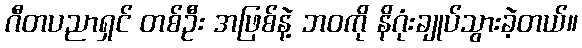
ဂီတပညာရှင် တစ်ဦး အဖြစ်နဲ့ ဘဝကို နိဂုံးချုပ်သွားခဲ့တယ်။